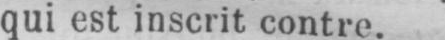
qui est inscrit contre.